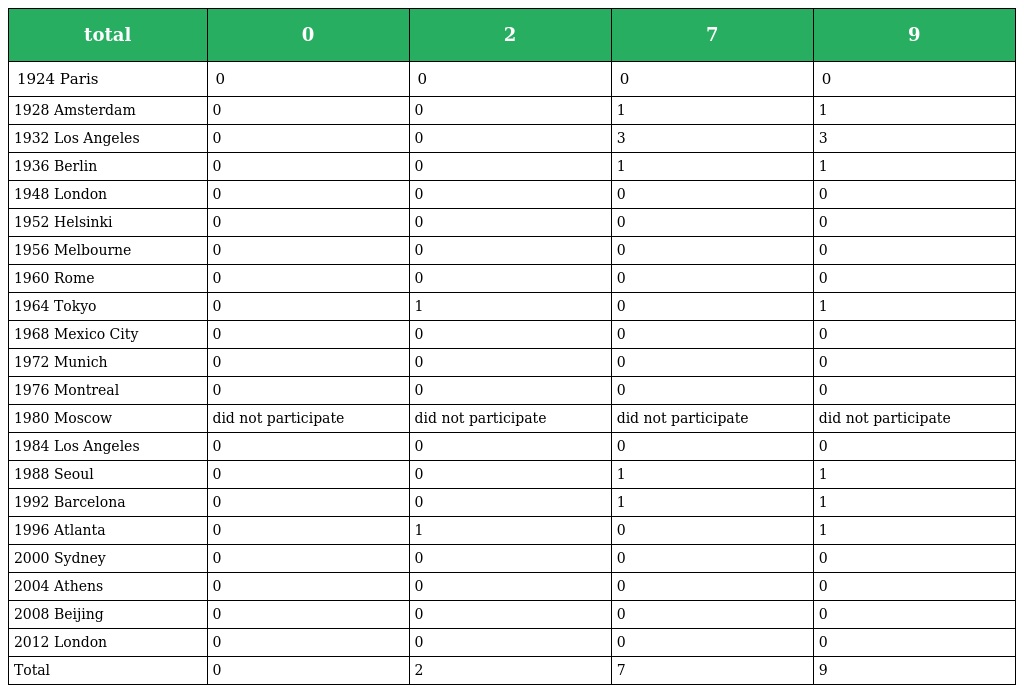
| total | 0 | 2 | 7 | 9 |
 | --- | --- | --- | --- | --- |
 | 1924 Paris | 0 | 0 | 0 | 0 |
 | 1928 Amsterdam | 0 | 0 | 1 | 1 |
 | 1932 Los Angeles | 0 | 0 | 3 | 3 |
 | 1936 Berlin | 0 | 0 | 1 | 1 |
 | 1948 London | 0 | 0 | 0 | 0 |
 | 1952 Helsinki | 0 | 0 | 0 | 0 |
 | 1956 Melbourne | 0 | 0 | 0 | 0 |
 | 1960 Rome | 0 | 0 | 0 | 0 |
 | 1964 Tokyo | 0 | 1 | 0 | 1 |
 | 1968 Mexico City | 0 | 0 | 0 | 0 |
 | 1972 Munich | 0 | 0 | 0 | 0 |
 | 1976 Montreal | 0 | 0 | 0 | 0 |
 | 1980 Moscow | did not participate | did not participate | did not participate | did not participate |
 | 1984 Los Angeles | 0 | 0 | 0 | 0 |
 | 1988 Seoul | 0 | 0 | 1 | 1 |
 | 1992 Barcelona | 0 | 0 | 1 | 1 |
 | 1996 Atlanta | 0 | 1 | 0 | 1 |
 | 2000 Sydney | 0 | 0 | 0 | 0 |
 | 2004 Athens | 0 | 0 | 0 | 0 |
 | 2008 Beijing | 0 | 0 | 0 | 0 |
 | 2012 London | 0 | 0 | 0 | 0 |
 | Total | 0 | 2 | 7 | 9 |